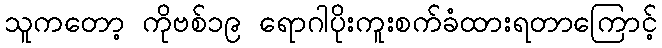
သူကတော့ ကိုဗစ်၁၉ ရောဂါပိုးကူးစက်ခံထားရတာကြောင့်